Vaccination United Provinces of Agra and Oudh 1902-1913 - 1902-1913
Year: 1902
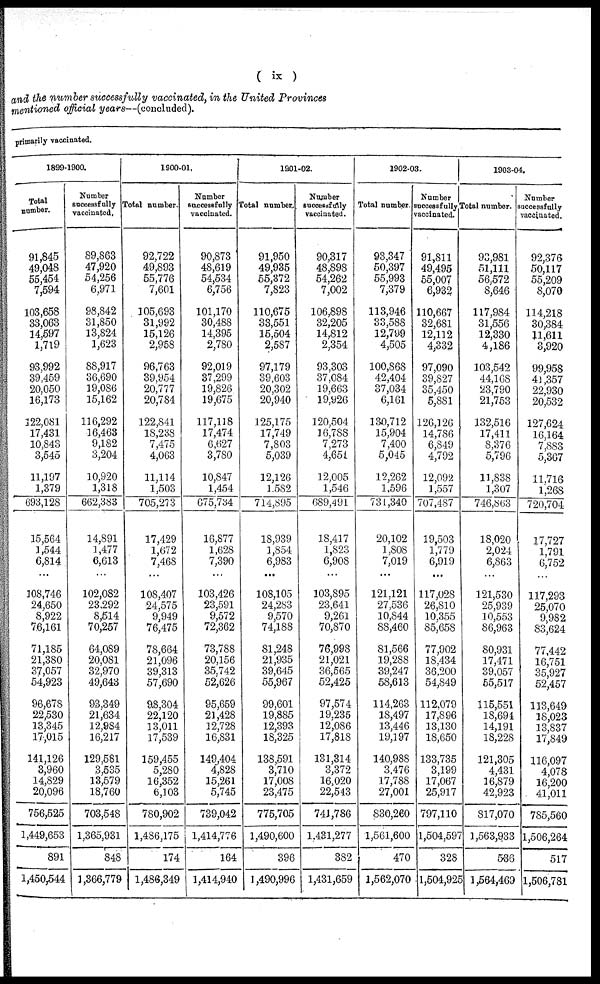
( ix )
and the number successfully vaccinated, in the United Provinces
mentioned official years—(concluded).
primarily vaccinated.
1899-1900.
Total
number.
91,845
49,048
55,454
7,594
103,658
33,063
14,597
1,719
93,992
39,459
20,050
16,173
122,081
17,431
10,843
3,545
11,197
1,379
693,128
15,564
1,544
6,814
...
108,746
24,650
8,922
76,161
71,185
21,380
37,057
54,923
96,678
22,530
13,345
17,015
141,126
3,960
14,829
20,096
756,525
1,449,653
891
1,450,544
Number
successfully
vaccinated.
89,863
47,920
54,256
6,971
98,842
31,850
13,824
1,623
88,917
36,690
19,086
15,162
116,292
16,463
9,182
3,204
10,920
1,318
662,383
14,891
1,477
6,613
...
102,082
23,292
8,514
70,257
64,089
20,081
32,970
49,643
93,349
21,634
12,984
16,217
129,581
3,535
13,579
18,760
703,548
1,365,931
848
1,366,779
1900-01.
Total number.
92,722
49,893
55,776
7,601
105,693
31,992
15,126
2,958
96,763
39,954
20,777
20,784
122,841
18,238
7,475
4,063
11,114
1,503
705,273
17,429
1,672
7,468
...
108,407
24,575
9,949
76,475
78,664
21,096
39,313
57,690
98,304
22,120
13,011
17,539
159,455
5,280
16,352
6,103
780,902
1,486,175
174
1,486,349
Number
successfully
vaccinated.
90,873
48,619
54,534
6,756
101,170
30,488
14,395
2,780
92,019
37,299
19,826
19,675
117,118
17,474
6,627
3,780
10,847
1,454
675,734
16,877
1,628
7,390
...
103,426
23,591
9,572
72,362
73,788
20,156
35,742
52,626
95,659
21,428
12,728
16,831
149,404
4,828
15,261
5,745
739,042
1,414,776
164
1,414,940
1901-02.
Total number.
91,950
49,935
55,372
7,823
110,675
33,551
15,504
2,587
97,179
39,603
20,302
20,940
125,175
17,749
7,803
5,039
12,126
1,582
714,895
18,939
1,854
6,983
...
108,105
24,283
9,570
74,188
81,248
21,935
39,645
55,967
99,601
19,885
12,393
18,325
138,591
3,710
17,008
23,475
775,705
1,490,600
396
1,490,996
Number
successfully
vaccinated.
90,317
48,898
54,262
7,002
106,898
32,205
14,812
2,354
93,303
37,084
19,663
19,926
120,504
16,788
7,273
4,651
12,005
1,546
689,491
18,417
1,823
6,908
...
103,895
23,641
9,261
70,870
76,998
21,021
36,565
52,425
97,574
19,235
12,086
17,818
131,314
3,372
16,020
22,543
741,786
1,431,277
382
1,431,659
1902-03.
Total number
93,347
50,397
55,993
7,379
113,946
33,588
12,799
4,505
100,868
42,404
37,034
6,161
130,712
15,904
7,400
5,045
12,262
1,596
731,340
20,102
1,808
7,019
...
121,121
27,536
10,844
88,460
81,566
19,288
39,247
58,613
114,263
18,497
13,446
19,197
140,988
3,476
17,788
27,001
830,260
1,561,600
470
1,562,070
Number
successfully
vaccinated.
91,811
49,495
55,007
6,932
110,667
32,681
12,112
4,332
97,090
39,827
35,450
5,881
126,126
14,786
6,849
4,792
12,092
1,557
707,487
19,503
1,779
6,919
...
117,028
26,810
10,355
85,658
77,902
18,434
36,200
54,849
112,079
17,896
13,130
18,650
133,735
3,199
17,067
25,917
797,110
1,504,597
328
|1,504,925
1903-04.
Total number.
93,981
51,111
56,572
8,646
117,984
31,556
12,330
4,186
103,542
44,168
23,790
21,753
132,516
17,411
8,376
5,796
11,838
1,307
746,863
18,020
2,024
6,863
...
121,530
25,939
10,553
86,963
80,931
17,471
39,057
55,517
115,551
18,694
14,191
18,228
121,305
4,431
16,879
42,923
817,070
1,563,933
536
1,564,469
Number
successfully
vaccinated.
92,376
50,117
55,209
8,070
114,218
30,384
11,611
3,920
99,958
41,357
22,930
20,532
127,624
16,164
7,883
5,367
11,716
1,268
720,704
17,727
1,791
6,752
...
117,293
25,070
9,982
83,624
77,442
16,751
35,927
52,457
113,649
18,023
13,837
17,849
116,097
4,078
16,200
41,011
785,560
1,506,264
517
1,506,781